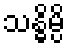
သန္ဓိမ္ပိ